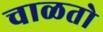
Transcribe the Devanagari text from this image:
चाळतो